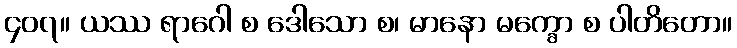
၄၀၇။ ယဿ ရာဂေါ စ ဒေါသော စ၊ မာနော မက္ခော စ ပါတိတော။